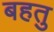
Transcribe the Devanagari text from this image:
बहतु